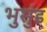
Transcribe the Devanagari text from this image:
भुसुंड